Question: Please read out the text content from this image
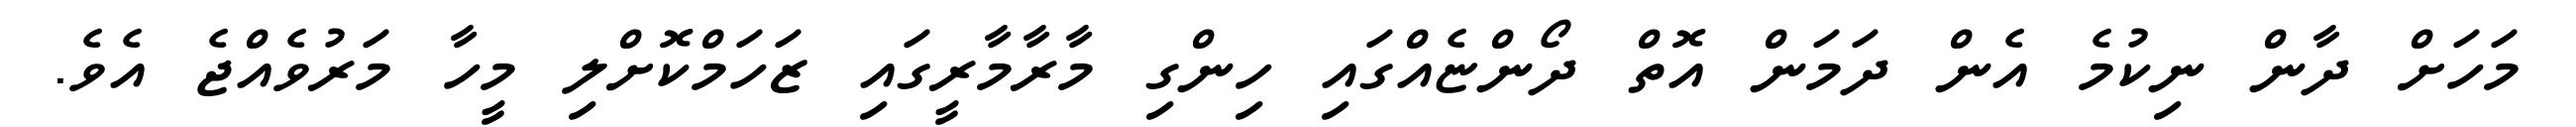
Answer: މަހަށް ދާން ނިކުމެ އެން ދަމަން އޮތް ދޯންޏެއްގައި ހިންގި މާރާމާރީގައި ޒަހަމްކޮށްލި މީހާ މަރުވެއްޖެ އެވެ.